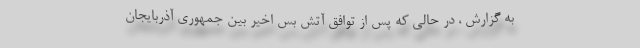
به گزارش ، در حالی که پس از توافق آتش بس اخیر بین جمهوری آذربایجان